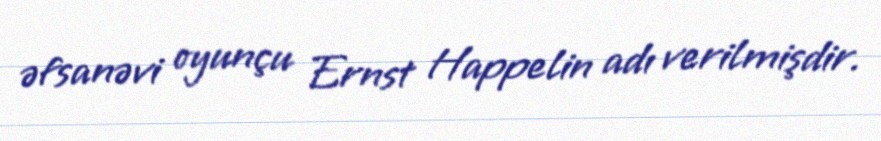
əfsanəvi oyunçu Ernst Happelin adı verilmişdir.